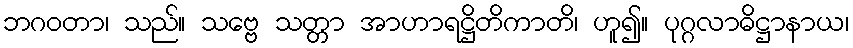
ဘဂဝတာ၊ သည်။ သဗ္ဗေ သတ္တာ အာဟာရဋ္ဌိတိကာတိ၊ ဟူ၍။ ပုဂ္ဂလာဓိဋ္ဌာနာယ၊